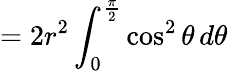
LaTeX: =2r^{2}\int_{0}^{\frac{\pi}{2}}\cos^{2}\theta\, d\theta